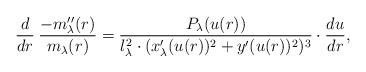
LaTeX: \begin{align*}\frac{d}{dr}\:\frac{-m''_\lambda(r) }{m_\lambda(r) }=\frac{P_\lambda(u(r))}{l_\lambda^2\cdot(x_\lambda'(u(r))^2+y'(u(r))^2)^3}\cdot\frac{du}{dr},\end{align*}